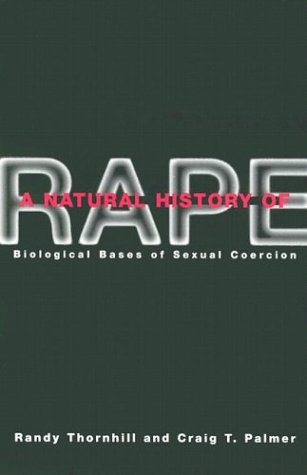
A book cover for A Natural History of Rape: Biological Bases of Sexual Coercion; Randy Thornhill; Gay & Lesbian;